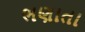
ભણાતા